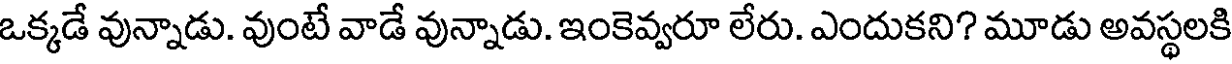
ఒక్కడే వున్నాడు. వుంటే వాడే వున్నాడు. ఇంకెవ్వరూ లేరు. ఎందుకని? మూడు అవస్థలకి